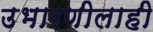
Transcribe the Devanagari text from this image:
उभारणीलाही